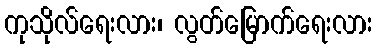
ကုသိုလ်ရေးလား၊ လွတ်မြောက်ရေးလား